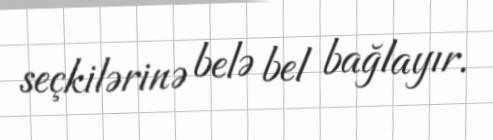
seçkilərinə belə bel bağlayır.